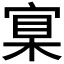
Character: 𡩈